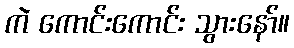
ကဲ ကောင်းကောင်း သွားနော်။